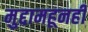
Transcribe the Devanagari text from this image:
मुद्दामहूनही